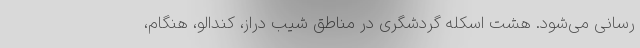
رسانی می‌شود. هشت اسکله گردشگری در مناطق شیب دراز، کندالو، هنگام،